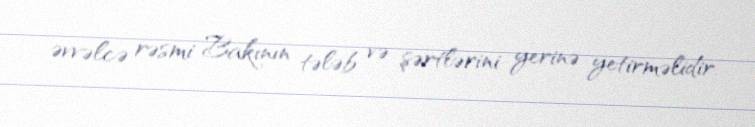
əvvəlcə rəsmi Bakının tələb və şərtlərini yerinə yetirməlidir.